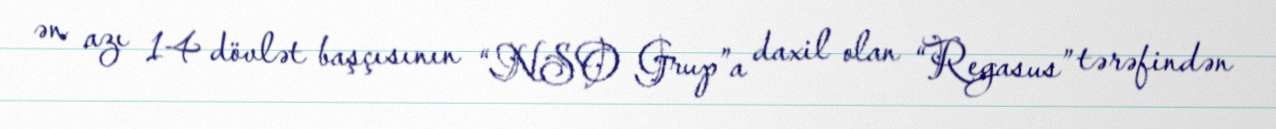
ən azı 14 dövlət başçısının “NSO Grup”a daxil olan “Regasus” tərəfindən